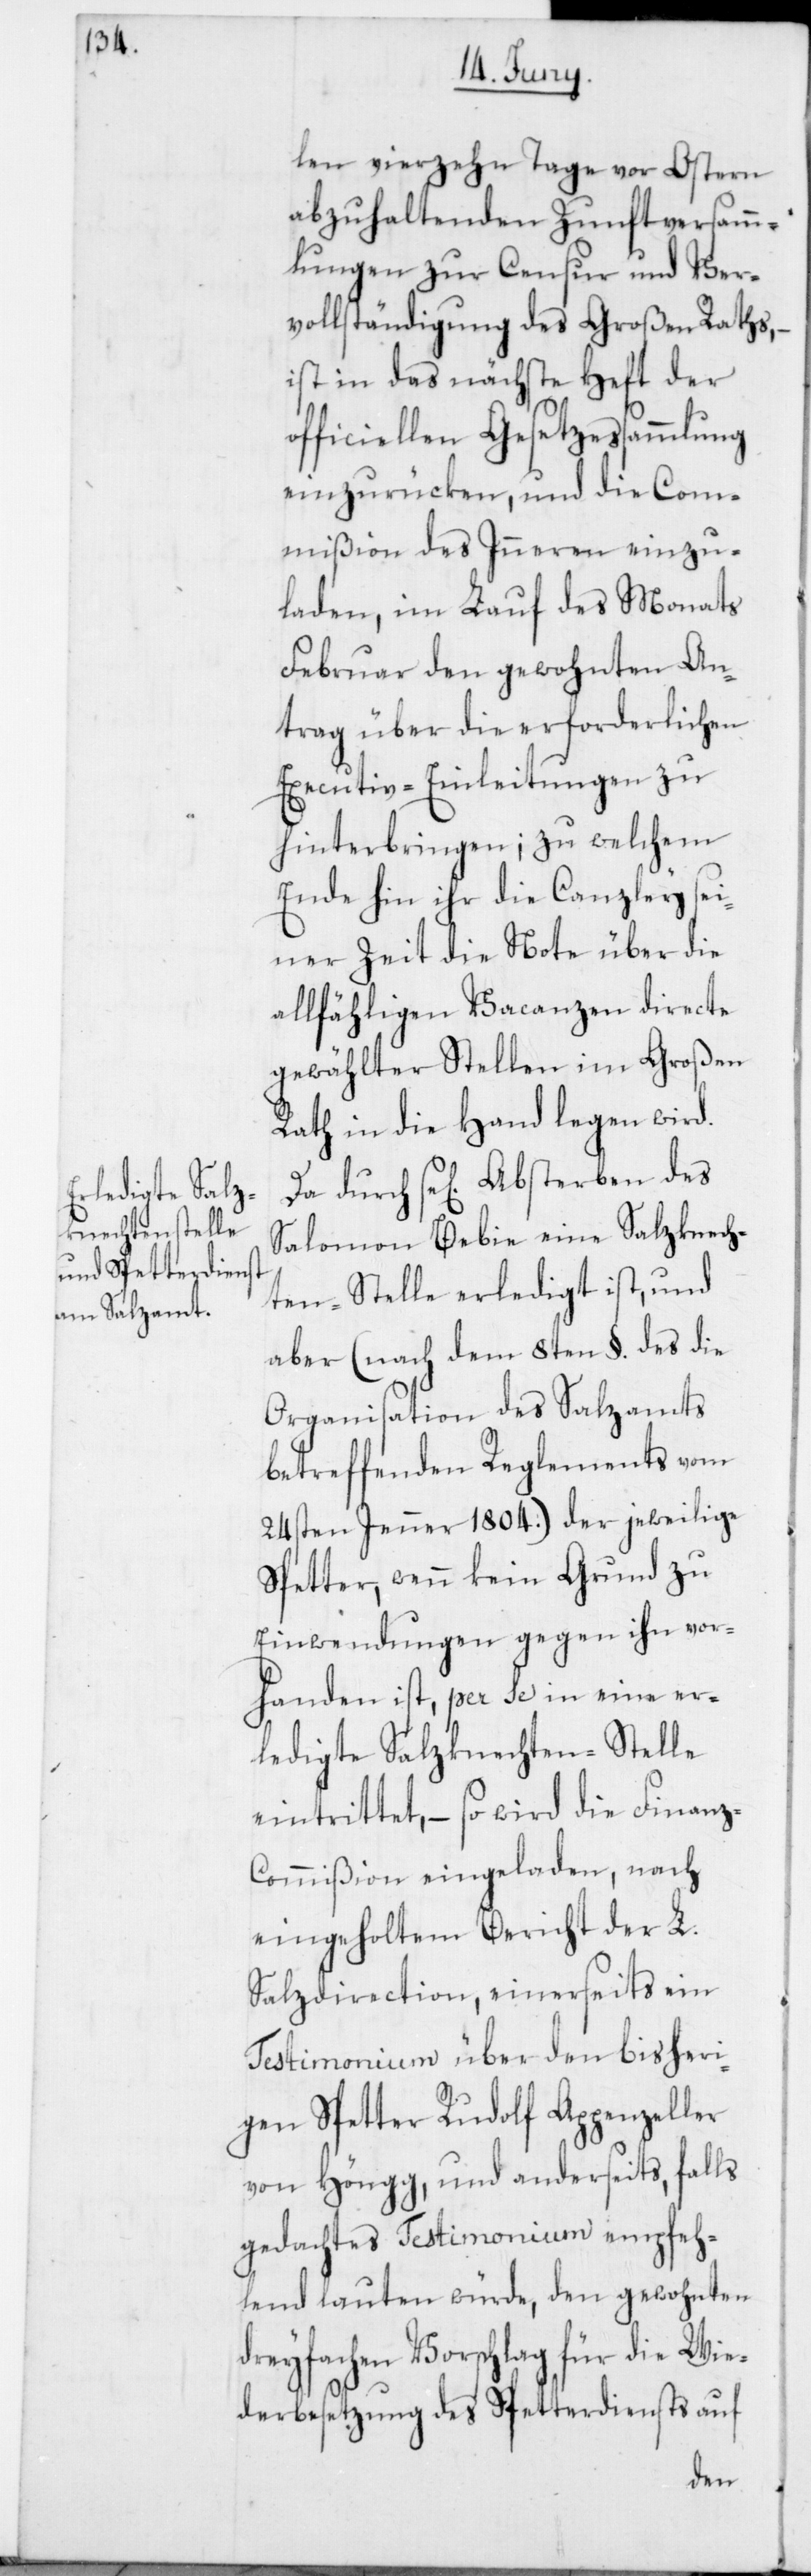
len vierzehn Tage vor Ostern
abzuhaltenden Zunftversamm¬
lungen zur Censur und Ver¬
vollständigung des Großen Raths,
ist in das nächste Heft der
officiellen Gesetzessammlung
einzurücken, und die Com¬
mißion des Inneren einzu¬
laden, im Lauf des Monats
Februar den gewohnten An¬
trag über die erforderlichen
Executiv-Einleitungen zu
hinterbringen; zu welchem
Ende hin ihr die Canzley sei¬
ner Zeit die Note über die
allfähligen Vacanzen directe
gewählter Stellen im Großen
Rath in die Hand legen wird.
Salomon Bebie eine Salzknech¬
ten-Stelle erledigt ist, und
aber (nach dem 8ten §. des die
Organisation des Salzamts
betreffenden Reglements vom
24sten Jenner 1804.) der jeweilige
Spetter, wenn kein Grund zu
Einwendungen gegen ihn vor¬
handen ist, per se in eine er¬
ledigte Salzknechten-Stelle
eintrittet, – so wird die Finanz-C¬
ommißion eingeladen, nach
eingeholtem Bericht der L.
Salzdirection, einerseits ein
Testimonium über den bisheri¬
gen Spetter Rudolf Appenzeller
von Höngg, und anderseits, falls
gedachtes Testimonium empfeh¬
lend lauten würde, den gewohnten
dreyfachen Vorschlag für die Wie¬
derbesetzung des Spetterdiensts auf